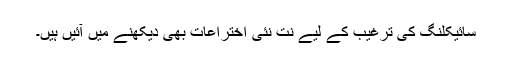
سائیکلنگ کی ترغیب کے لیے نت نئی اختراعات بھی دیکھنے میں آئیں ہیں۔